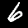
Label: 6